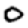
Digit: 0